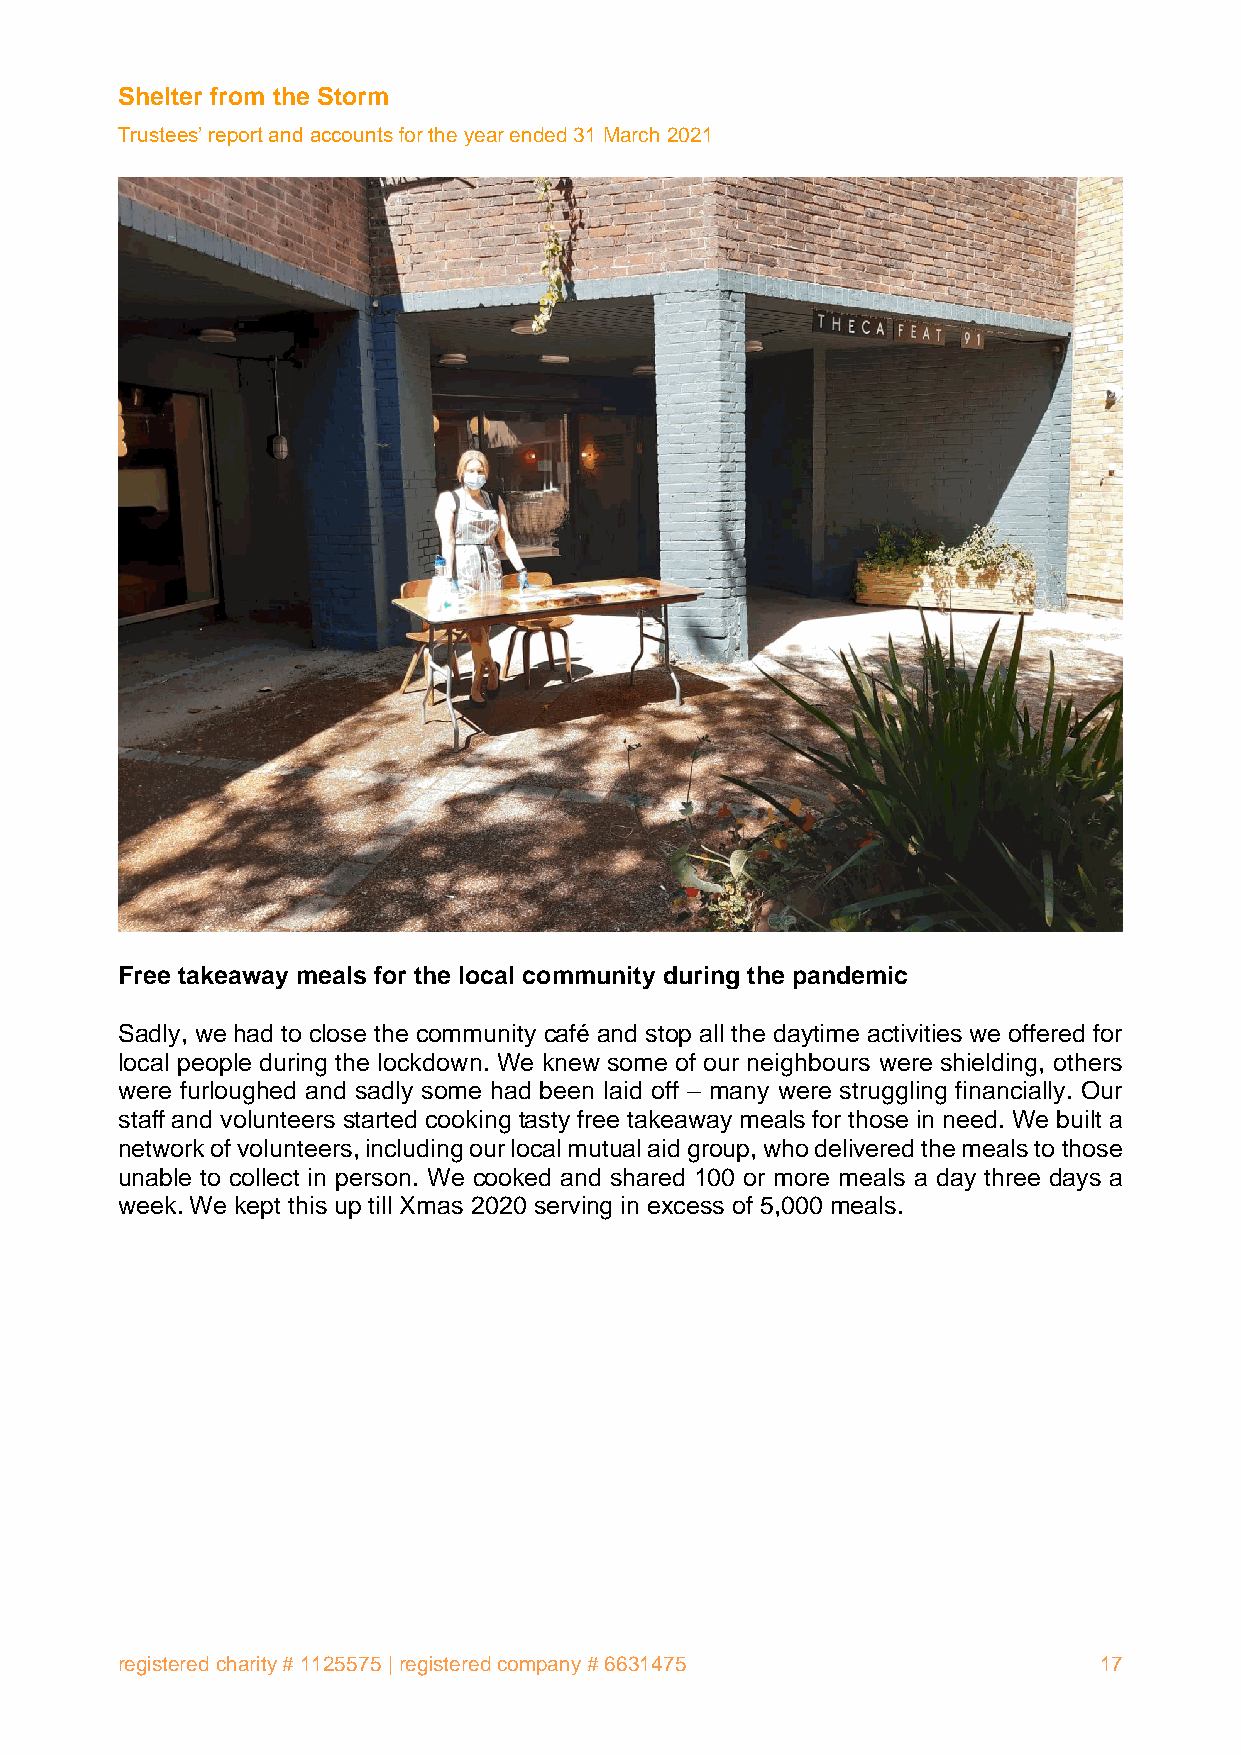
Shelter from the Storm
 Trustees’ report and accounts for the year ended 31 March 2021
 Free takeaway meals for the local community during the pandemic
 Sadly, we had to close the community café and stop all the daytime activities we offered for
 local people during the lockdown. We knew some of our neighbours were shielding, others
 were furloughed and sadly some had been laid off – many were struggling financially. Our
 staff and volunteers started cooking tasty free takeaway meals for those in need. We built a
 network of volunteers, including our local mutual aid group, who delivered the meals to those
 unable to collect in person. We cooked and shared 100 or more meals a day three days a
 week. We kept this up till Xmas 2020 serving in excess of 5,000 meals.
 registered charity # 1125575 | registered company # 6631475      17